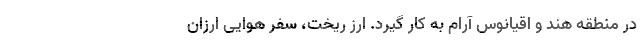
در منطقه هند و اقیانوس آرام به کار گیرد. ارز ریخت، سفر هوایی ارزان